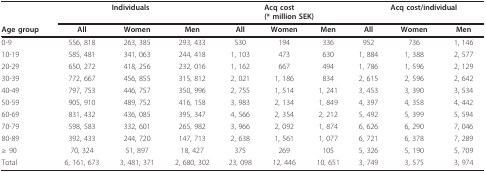
<table><thead><tr><td>[EMPTY_CELL]</td><td>[EMPTY_CELL]</td><td><b>Individuals</b></td><td>[EMPTY_CELL]</td><td>[EMPTY_CELL]</td><td colspan="2"><b>Acq cost(* million SEK)</b></td><td>[EMPTY_CELL]</td><td colspan="2"><b>Acq cost/individual</b></td></tr><tr><td><b>Age group</b></td><td><b>All</b></td><td><b>Women</b></td><td><b>Men</b></td><td><b>All</b></td><td><b>Women</b></td><td><b>Men</b></td><td><b>All</b></td><td><b>Women</b></td><td><b>Men</b></td></tr></thead><tbody><tr><td>0-9</td><td>556, 818</td><td>263, 385</td><td>293, 433</td><td>530</td><td>194</td><td>336</td><td>952</td><td>736</td><td>1, 146</td></tr><tr><td>10-19</td><td>585, 481</td><td>341, 063</td><td>244, 418</td><td>1, 103</td><td>473</td><td>630</td><td>1, 884</td><td>1, 388</td><td>2, 577</td></tr><tr><td>20-29</td><td>650, 272</td><td>418, 256</td><td>232, 016</td><td>1, 162</td><td>667</td><td>494</td><td>1, 786</td><td>1, 596</td><td>2, 129</td></tr><tr><td>30-39</td><td>772, 667</td><td>456, 855</td><td>315, 812</td><td>2, 021</td><td>1, 186</td><td>834</td><td>2, 615</td><td>2, 596</td><td>2, 642</td></tr><tr><td>40-49</td><td>797, 753</td><td>446, 757</td><td>350, 996</td><td>2, 755</td><td>1, 514</td><td>1, 241</td><td>3, 453</td><td>3, 390</td><td>3, 534</td></tr><tr><td>50-59</td><td>905, 910</td><td>489, 752</td><td>416, 158</td><td>3, 983</td><td>2, 134</td><td>1, 849</td><td>4, 397</td><td>4, 358</td><td>4, 442</td></tr><tr><td>60-69</td><td>831, 432</td><td>436, 085</td><td>395, 347</td><td>4, 566</td><td>2, 354</td><td>2, 212</td><td>5, 492</td><td>5, 399</td><td>5, 594</td></tr><tr><td>70-79</td><td>598, 583</td><td>332, 601</td><td>265, 982</td><td>3, 966</td><td>2, 092</td><td>1, 874</td><td>6, 626</td><td>6, 290</td><td>7, 046</td></tr><tr><td>80-89</td><td>392, 433</td><td>244, 720</td><td>147, 713</td><td>2, 638</td><td>1, 561</td><td>1, 077</td><td>6, 721</td><td>6, 378</td><td>7, 289</td></tr><tr><td>≥ 90</td><td>70, 324</td><td>51, 897</td><td>18, 427</td><td>375</td><td>269</td><td>105</td><td>5, 326</td><td>5, 190</td><td>5, 709</td></tr><tr><td>Total</td><td>6, 161, 673</td><td>3, 481, 371</td><td>2, 680, 302</td><td>23, 098</td><td>12, 446</td><td>10, 651</td><td>3, 749</td><td>3, 575</td><td>3, 974</td></tr></tbody></table>